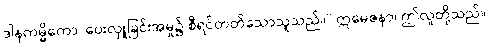
ဒါနကမ္မိကော၊ ပေးလှူခြင်းအမှု၌ စီရင်တတ်သောသူသည်။” ဣမေဇနာ၊ ဤလူတို့သည်။